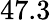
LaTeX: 47.3